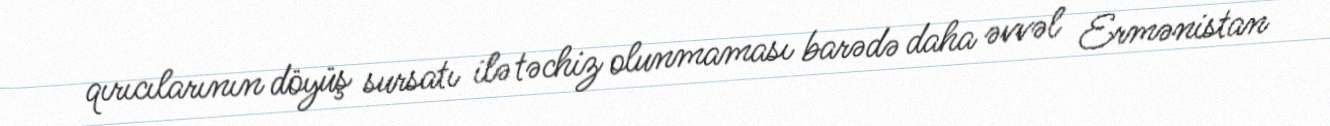
qırıcılarının döyüş sursatı ilə təchiz olunmaması barədə daha əvvəl Ermənistan